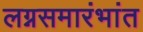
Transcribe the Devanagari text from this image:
लग्नसमारंभांत